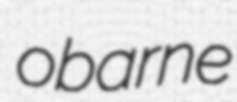
obarne